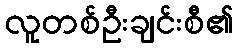
လူတစ်ဦးချင်းစီ၏